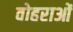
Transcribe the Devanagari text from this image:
वोहराओं